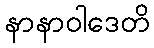
နာနာဝါဒေတိ